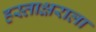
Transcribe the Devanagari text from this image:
हस्ताक्षराला